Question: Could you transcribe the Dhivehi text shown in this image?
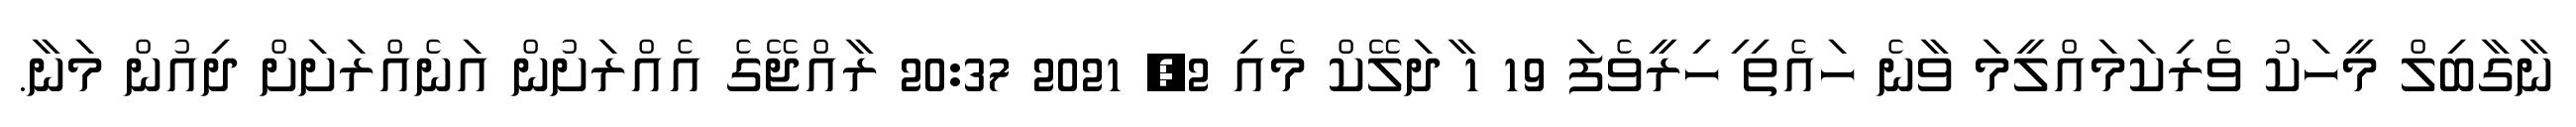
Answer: ނާގާބިލް މީހަކު ވެރިކަމައްލީމަ ވާނެ ހައެތި ިހިރީވެފަ 19 1 ާދަލޭކް މެއި 2, 2021 20:37 ރާއްޖޭގެ އެއްރަށުން އަނެއްރަށަށް ދިއުން މަނާ.